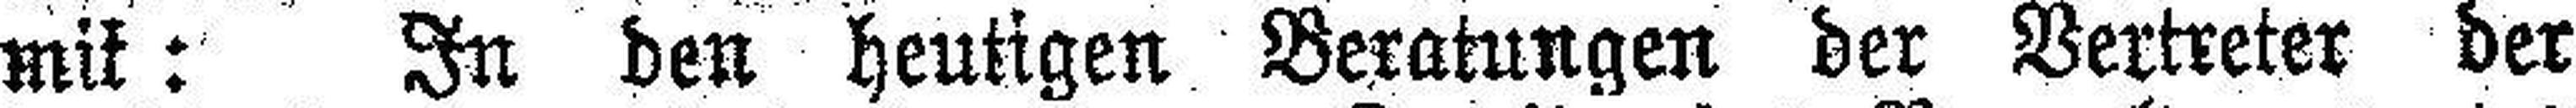
mit: In den heutigen Beratungen der Vertreter der